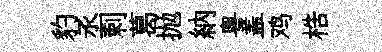
豹丞剌葛抛納粤盖鸡梏